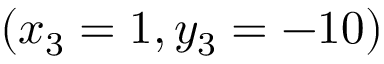
( x _ { 3 } = 1 , y _ { 3 } = - 1 0 )